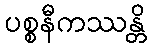
ပစ္စနီကဿန္တိ